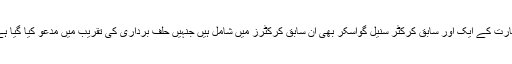
بھارت کے ایک اور سابق کرکٹر سنیل گواسکر بھی ان سابق کرکٹرز میں شامل ہیں جنہیں حلف برداری کی تقریب میں مدعو کیا گیا ہے۔